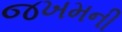
જખમની